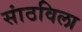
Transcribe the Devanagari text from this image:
सांठविला